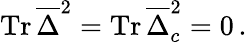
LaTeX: \mathrm{Tr}\, \overline{{\Delta}}^{2}=\mathrm{Tr}\, \overline{{\Delta}}_{c}^{2}=0\, .